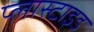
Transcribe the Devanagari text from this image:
प्लास्टाइड